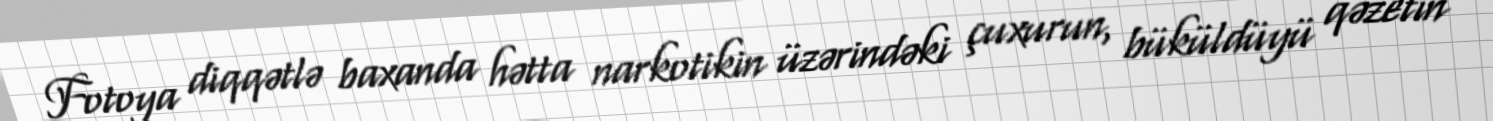
Fotoya diqqətlə baxanda hətta narkotikin üzərindəki çuxurun, büküldüyü qəzetin